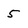
Character: 5